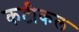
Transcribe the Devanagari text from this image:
कटीकल